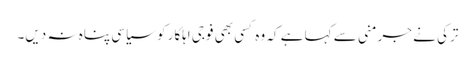
ترکی نے جرمنی سے کہا ہے کہ وہ کسی بھی فوجی اہلکار کو سیاسی پناہ نہ دیں۔